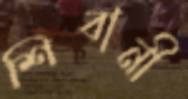
শিবানী